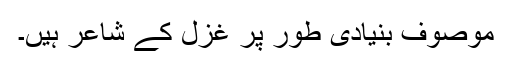
موصوف بنیادی طور پر غزل کے شاعر ہیں۔